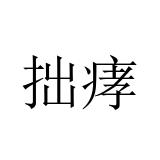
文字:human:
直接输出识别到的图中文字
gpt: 拙痚